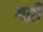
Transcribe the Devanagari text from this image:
गय़ीं